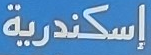
إسكندرية